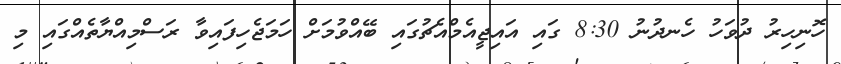
ހޮނިހިރު ދުވަހު ހެނދުނު 8:30 ގައި އައިޖީއެމްއެޗުގައި ބޭއްވުމަށް ހަަމަޖެހިފައިވާ ރަސްމިއްޔާތެއްގައި މި